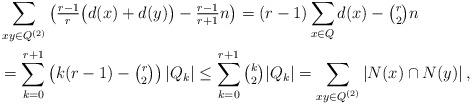
LaTeX: \begin{align*}& \sum_{xy\in Q^{(2)}} \left(\tfrac{r-1}{r}\bigl(d(x)+d(y)\bigr)-\tfrac{r-1}{r+1}n\right)=(r-1)\sum_{x\in Q}d(x)-\tbinom{r}{2}n \\&=\sum_{k=0}^{r+1} \left(k(r-1)-\tbinom{r}{2}\right) |Q_k|\le \sum_{k=0}^{r+1} \tbinom{k}{2} |Q_k|=\sum_{xy\in Q^{(2)}} |N(x)\cap N(y)|\,,\end{align*}